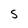
Character: S